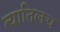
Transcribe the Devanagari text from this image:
त्यातिलच